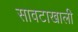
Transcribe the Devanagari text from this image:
सावटाखाली